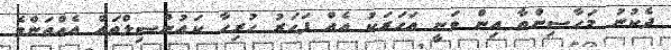
ދެކުނު މަހާސިންތާ އިން ވަނީ އަހަރަކު އެއް ފަހަރު ހުރިހާ ކައުންސިލްތައް އެއްތަންވެ